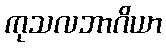
ကုသလဘာဂိယာ